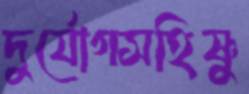
দুর্যোগসহিষ্ণু